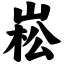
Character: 崧